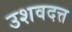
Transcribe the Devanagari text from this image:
उशवदत्त